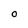
Character: o